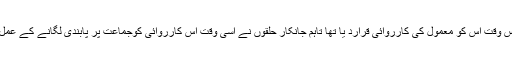
گوکہ گورنر انتظامیہ نے اُس وقت اس کو معمول کی کارروائی قرارد یا تھا تاہم جانکار حلقوں نے اُسی وقت اس کارروائی کوجماعت پر پابندی لگانے کے عمل کا پہلا مرحلہ قرار دیا تھا۔